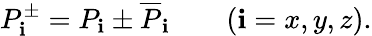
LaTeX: P_{\mathbf{i}}^{\pm}=P_{\mathbf{i}}\pm\overline{{{{P}}}}_{\mathbf{i}}\qquad(\mathbf{i}=x,y,z).